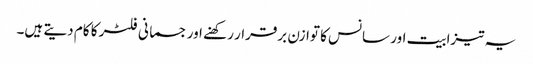
یہ تیزابیت اور سانس کا توازن برقرار رکھنے اور جسمانی فلٹر کا کام دیتے ہیں۔